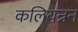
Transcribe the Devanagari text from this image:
कलियन्नन